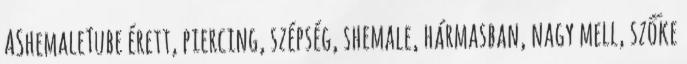
AShemaleTube érett, piercing, szépség, shemale, hármasban, nagy mell, szőke